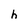
Character: h